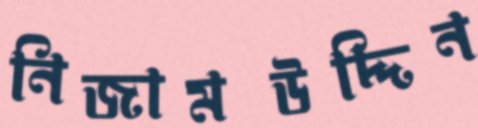
নিজামউদ্দিন